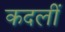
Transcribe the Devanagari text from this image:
कदलीं